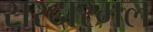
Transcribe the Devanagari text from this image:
सरदारमल